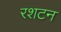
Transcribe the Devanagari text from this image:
रशटन